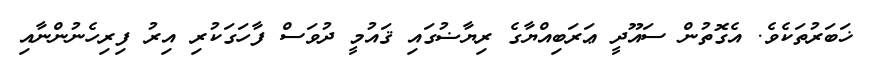
ޚަބަރުތަކެވެ. އެގޮތުން ސައޫދީ ޢަރަބިއްޔާގެ ރިޔާޟުގައި ޤައުމީ ދުވަސް ފާހަގަކުރި އިރު ފިރިހެނުންނާއި